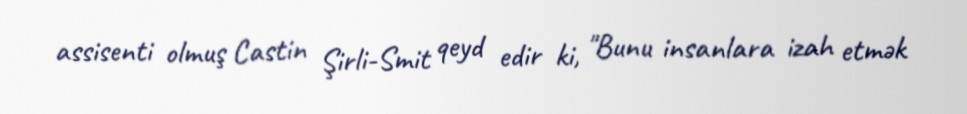
assisenti olmuş Castin Şirli-Smit qeyd edir ki, "Bunu insanlara izah etmək